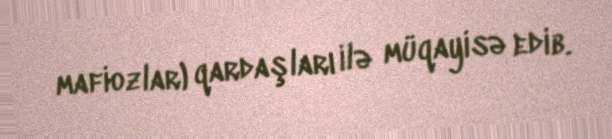
mafiozlar) qardaşları ilə müqayisə edib.